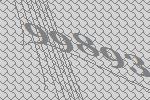
99893